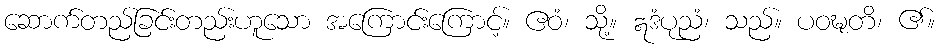
ဆောက်တည်ခြင်းတည်းဟူသော အကြောင်းကြောင့်။ ဧဝံ၊ သို့။ ဣဒံပုညံ၊ သည်။ ပဝဍ္ဎတိ၊ ၏။